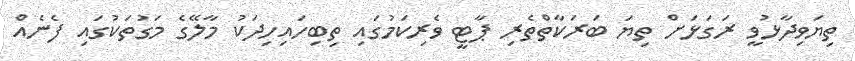
ތިޔަވިދާޅުވީ ރަގަޅަށް ތިޔަ ބަރަކާތްތެރި ޕާޓީ ވެރިކަމުގައި ތިބިހައިހިދަކު މާލޭގެ މަގުތަކުގައި ފެނެއްް